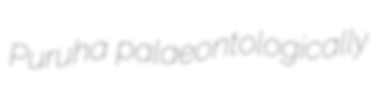
Puruha palaeontologically